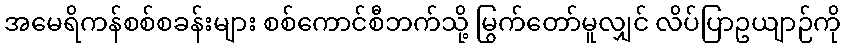
အမေရိကန်စစ်စခန်းများ စစ်ကောင်စီဘက်သို့ မြွက်တော်မူလျှင် လိပ်ပြာဥယျာဉ်ကို